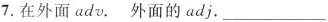
7.在外面adv. 外面的adj.___